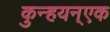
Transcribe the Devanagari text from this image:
कुन्हयन्एक